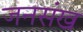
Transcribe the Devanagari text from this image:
जनसंख